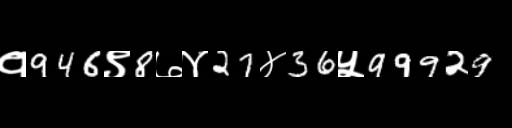
Text: १946९8७४27४36५99929